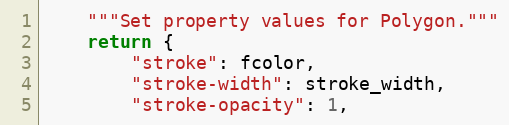
Language: Python
    """Set property values for Polygon."""
    return {
        "stroke": fcolor,
        "stroke-width": stroke_width,
        "stroke-opacity": 1,